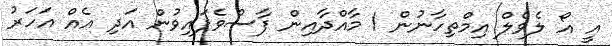
އީ އޯ ލެވެލް އިމްތިހާނުން 1 މާއްދާއިން ފާސްވެފައިވުން އަދި އެއް އަހަރު